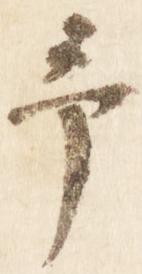
予